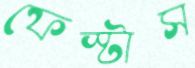
ফেস্টাস